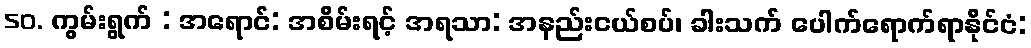
50. ကွမ်းရွက် : အရောင်: အစိမ်းရင့် အရသာ: အနည်းငယ်စပ်၊ ခါးသက် ပေါက်ရောက်ရာနိုင်ငံ: